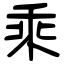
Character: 乘